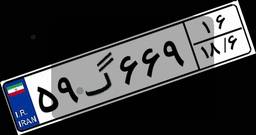
۴۳گ۱۲۲۸۲